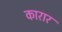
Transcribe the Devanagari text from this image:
कारार